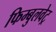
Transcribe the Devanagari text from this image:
फिम्बुलवेट्र